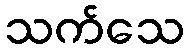
သက်သေ